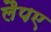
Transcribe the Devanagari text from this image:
लैपए